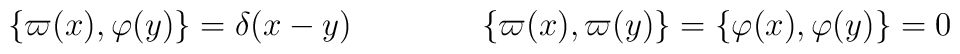
\{\varpi(x),\varphi(y)\}=\delta(x-y)\qquad\qquad   \{\varpi(x),\varpi(y)\}=\{\varphi(x),\varphi(y)\}=0